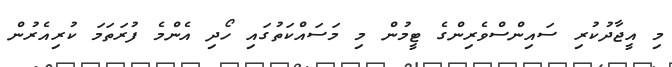
މި އީޖާދުކުރި ސައިންސްވެރިންގެ ޓީމުން މި މަސައްކަތުގައި ހޯދި އެންމެ ފުރަތަމަ ކުރިއެރުން